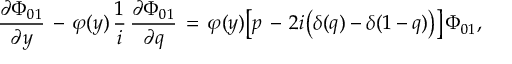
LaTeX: \frac { \partial \Phi _ { 0 1 } } { \partial y } \, - \, \varphi ( y ) \, \frac 1 i \, \frac { \partial \Phi _ { 0 1 } } { \partial q } \, = \, \varphi ( y ) \bigl [ p \, - \, 2 i \bigl ( \delta ( q ) - \delta ( 1 - q ) \bigr ) \bigr ] \, \Phi _ { 0 1 } ,